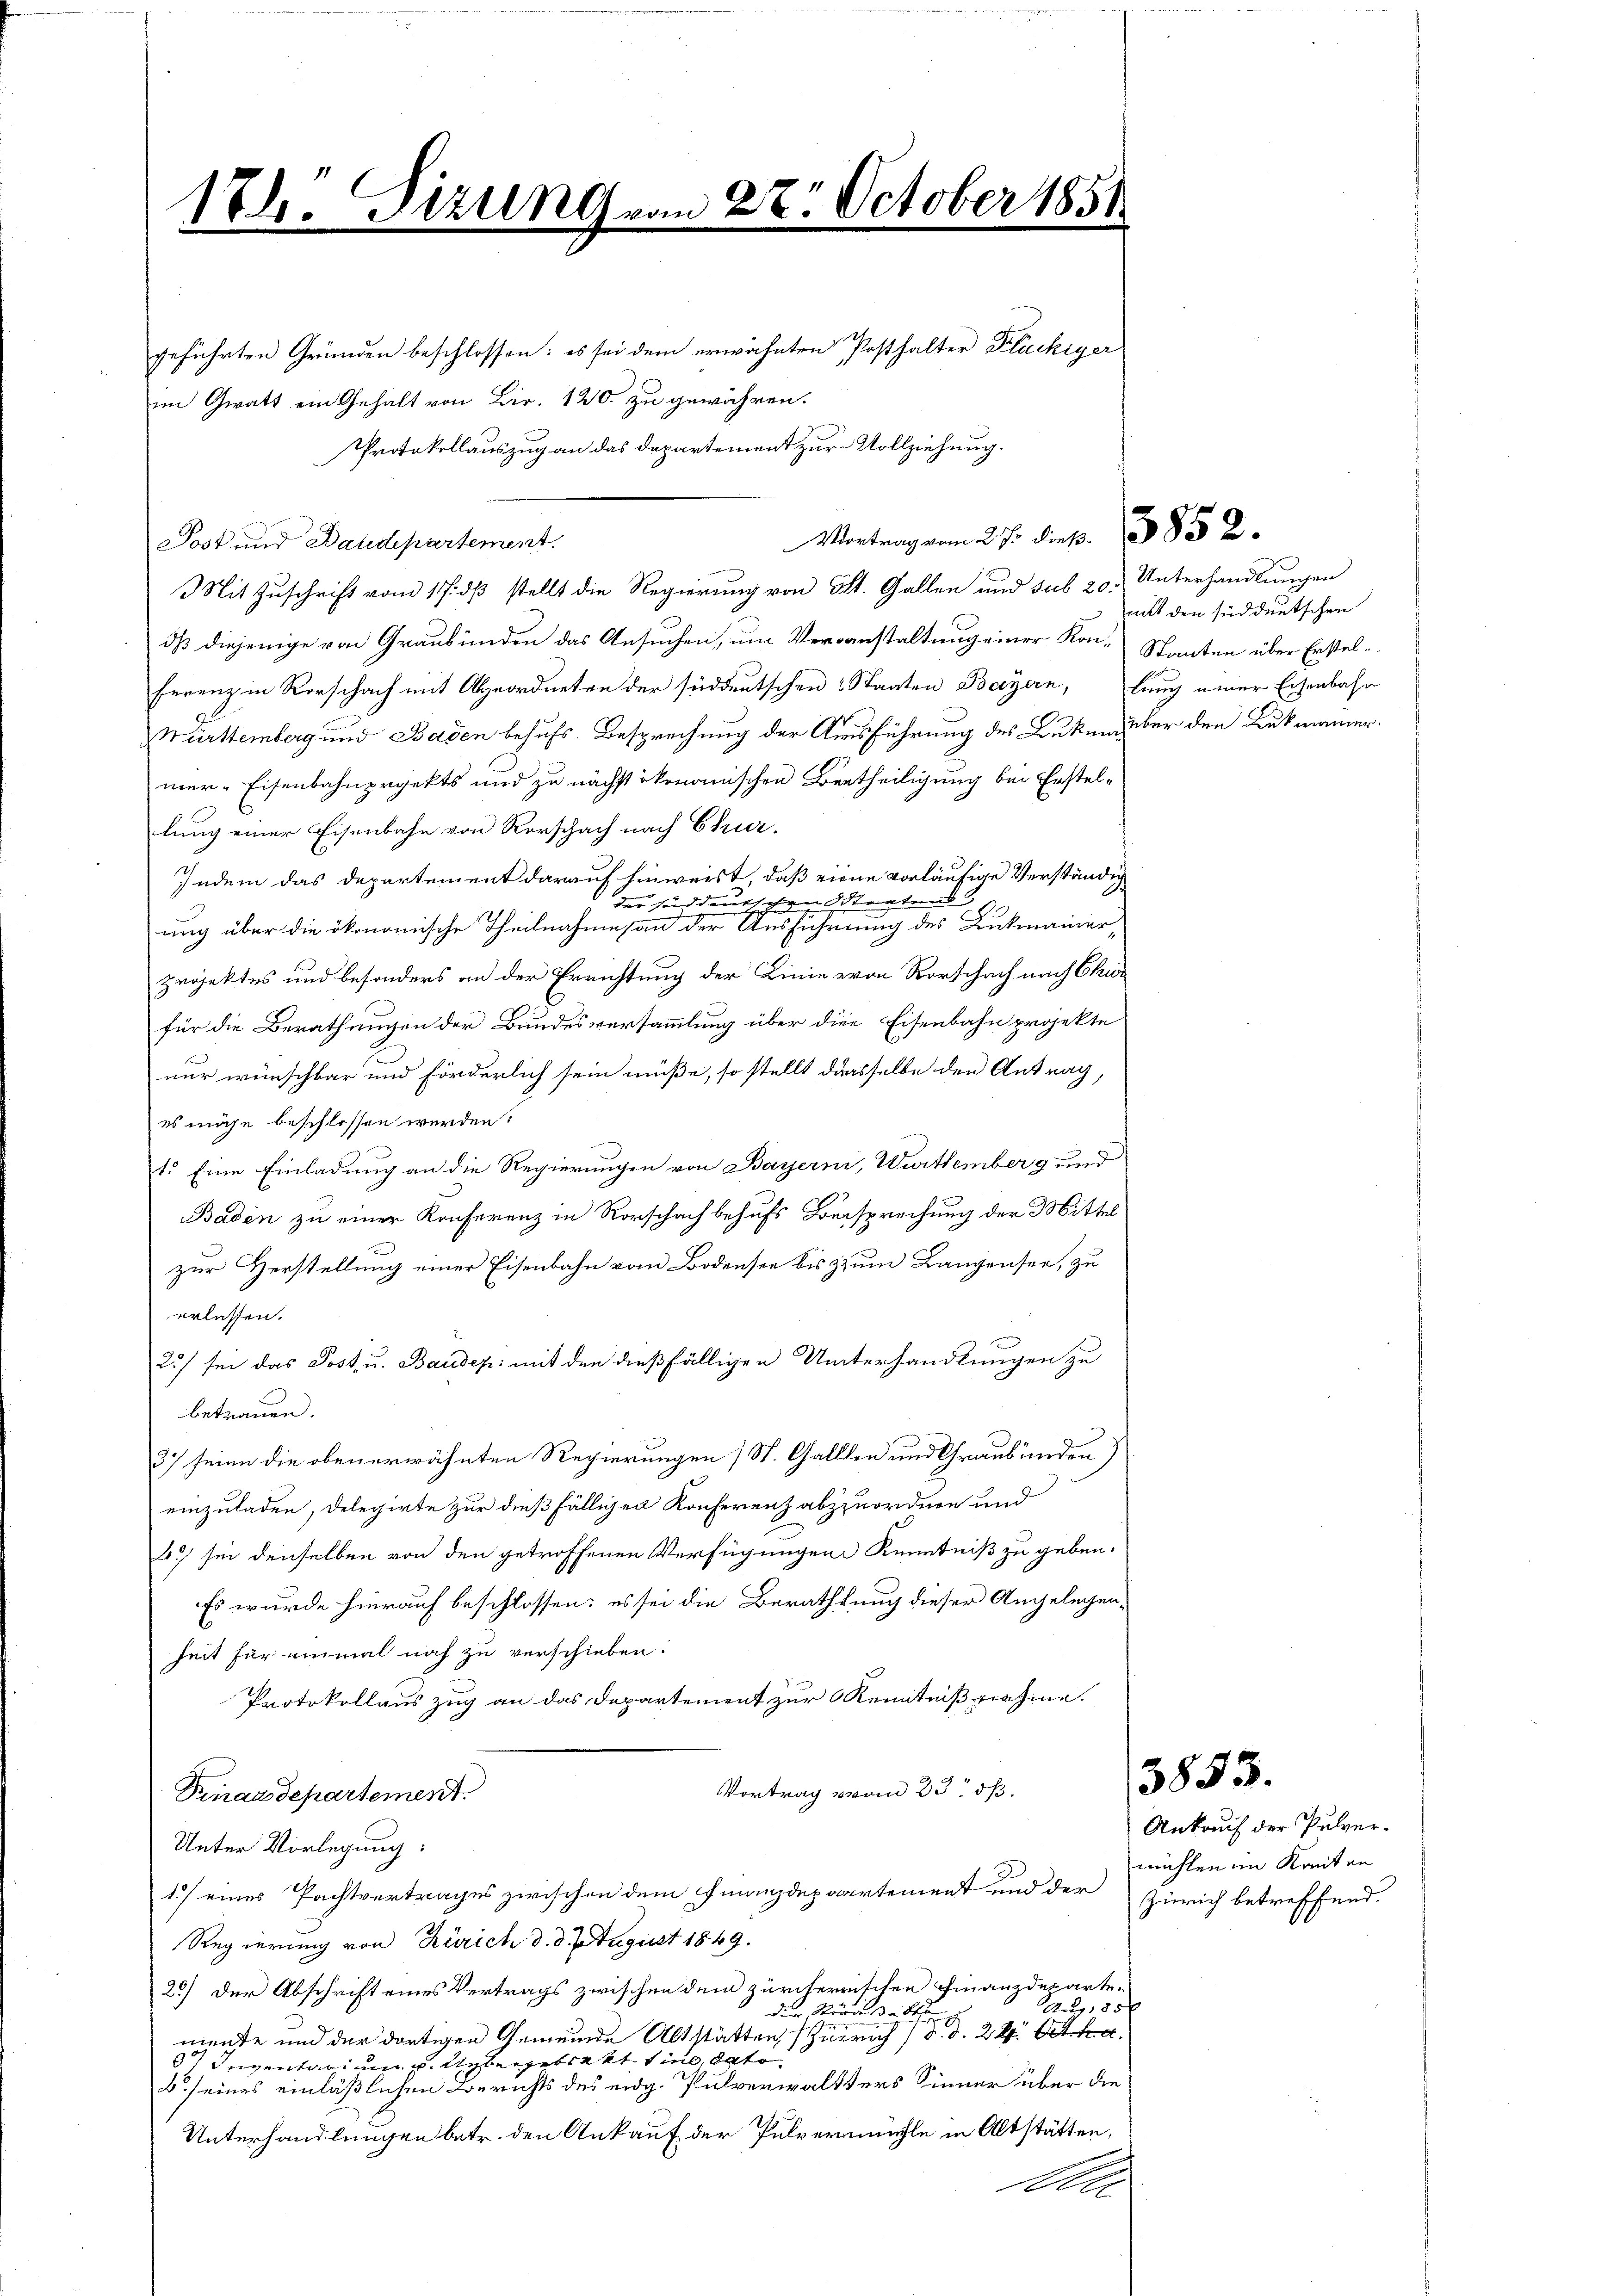
174. Sizung vom 27. October 1851

geführten Gründen beschlossen: es sei dem erwähnten Posthalter Kläckiger
im Gratt ein Gehalt von Bir. 120. zu gewähren.
Protokollauszug an das Departement zur Vollziehung.
Post und Baudepartement.
Mit Zuschrift vom 17. dß stellt die Regierung von St. Gallen und sub 20. Unterhandlungen
dß diejenige von Graubünden das Ansuchen, um Veranstaltung einer Kon-Stanten über Erstelferenz in Vorschach mit Abgeordneten der süddeutschen Staaten Bayern, lung einer Eisenbahn
Mürttemberg und Baden behufs Besprechung der Ausführung des Buken über den Lukmanner
mer-Eisenbahnprjekts und zu nächstökonomischen Bertheiligung bei Erstellung einer Eisenbahn von Vorschach nach Chur.
Indem das Departement darauf hinweist, daß eine vorläufige Verständig
der sonddeutschen Staatend
ung über die ökonomische Theilnahmes an der Ausführung des Lukmanner,
projektes und besonders an der Errichtung der Linie von Vorschach nach Chur
für die Berathungen der Bundesversammlung über die Eisenbahn projekte
nur wünschbar und förderlich sein müße, so stellt dasselbe den Antrag,
es möge beschlossen werden:
1. Eine Einladung an die Regierungen von Bayerni, Wurttemberg und
Baden zu einer Konferenz in Rorschach behufs Beisprechung der Mittel
zur Verstellung einer Eisenbahn vom Bodensee bis zum Langensee, zu
erlassen.
2) sei das Post u. Baudep: mit den dießfälligen Unterhandlungen zu
betrauen.
3) seien die oben erwähnten Regierungen (St. Gallen und Graubünden)
einzuladen, delegirte zur dießfälligen Konferenz abzuordnen und
2) sie denselben von den getroffenen Verfügungen Kenntniß zu geben.
Es wurde hierauf beschlossen: es sei die Berathtung dieser Angelegenheit für einmal noch zu verschieben:
Protokollauszug an das Departement zur Kenntniß nahme.
Vortrag vom 23. ds.
Piardepartement.
Unter Vorlegung:
1) eines Pachtvertrages zwischen dem Finanzdepaartement und der Zürich betreffend.
Regierung von Zürich d. d. August 1849.
26) Der Abschrift eines Vertrags zwischen dem zürcherrischen Finanzdeparte-
A, 85 x
den Straße beson
mente und der dortigen Gemeinde Altstätten Zürich (d. d. 24. Octbr.
 Inventarium u. Uebergeblatt sind, dato
b seines einläßlichen Berichts des eidg. Pulverwaltters Sinner über die
Unterhandlungen betr. den Ankauf der Pulvermühle in Altstätten,
Aer

Vortrag vom 27. Diep. 1852.

mit den süddeutschen

3853.

Ankauf der Pulvermühlen im Kreiten